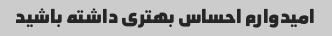
امیدوارم احساس بهتری داشته باشید